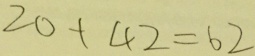
2 0 + 4 2 = 6 2